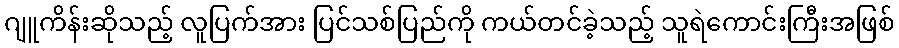
ဂျူကိန်းဆိုသည့် လူပြက်အား ပြင်သစ်ပြည်ကို ကယ်တင်ခဲ့သည့် သူရဲကောင်းကြီးအဖြစ်